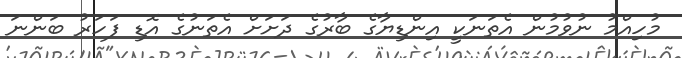
މުހިއްމު ނުވުމުން އެތަނަކީ އިންޑިޔާގެ ބާރުގެ ދަށަށް އެތަނުގެ އޮޑި ފަހަރު ބަންނަ